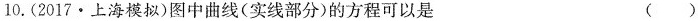
10.(2017·上海模拟)图中曲线(实线部分)的方程可以是 ()